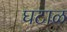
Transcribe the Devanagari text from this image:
घटाळ